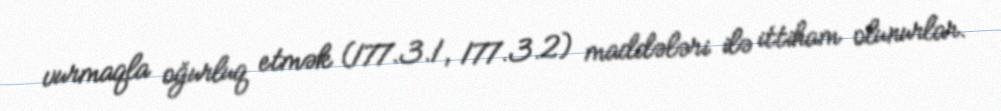
vurmaqla oğurluq etmək (177.3.1, 177.3.2) maddələri ilə ittiham olunurlar.